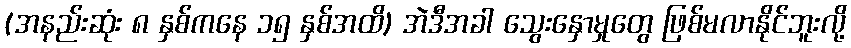
(အနည်းဆုံး ၈ နှစ်ကနေ ၁၅ နှစ်အထိ) အဲဒီအခါ သွေးနှောမှုတွေ ဖြစ်မလာနိုင်ဘူးလို့